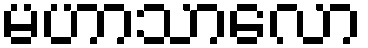
မဟာသာလော